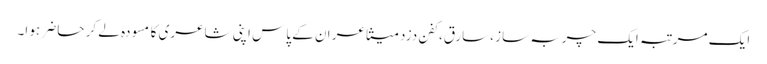
ایک مرتبہ ایک چربہ ساز ،سارق،کفن دزد متشاعر ان کے پاس اپنی شاعری کا مسودہ لے کر حاضر ہو ا۔